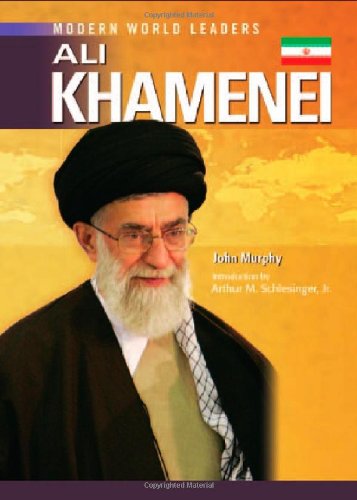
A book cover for Ali Khamenei (Modern World Leaders); John Murphy; Teen & Young Adult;